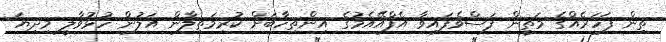
ތިން ފަހަރެއްގެ މަތީން ފަސްވެފައިވާ އެފްއޭއެމުގެ އިންތިހާބަށް ކުރިމަތިލާން އަލުން ހުޅުވާލީ މިދިޔަ